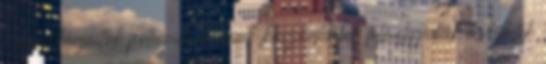
a hurrikánjaitok potenciái és ennek köszönhetően felmelegednek a vizeitek